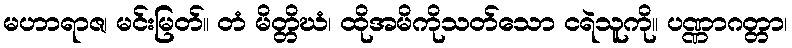
မဟာရာဇ၊ မင်းမြတ်။ တံ မိတ္တိဃံ၊ ထိုအမိကိုသတ်သော ငရဲသူကို။ ပဏ္ဏာဂတ္တာ၊